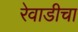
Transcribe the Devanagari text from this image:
रेवाडीचा